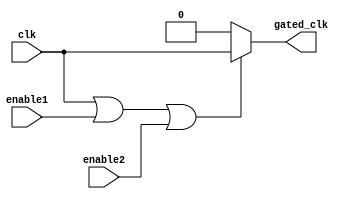
module clock_gated_memory (
    input wire clk,             // Main clock input
    input wire enable1,         // First enable signal
    input wire enable2,         // Second enable signal (additional as needed)
    output wire gated_clk       // Gated clock output for memory block
);

// Internal signal to capture the OR gate output
wire or_output;

// OR gate logic to combine the main clock with enable signals
assign or_output = clk | enable1 | enable2;

// Gated clock signal: 
// If any enable signal is high, gated_clk will follow the main clock;
// Otherwise, it will be low (no clock pulse).
assign gated_clk = (or_output) ? clk : 1'b0;

endmodule